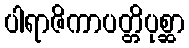
ပါရာဇိကာပတ္တိပုစ္ဆာ